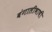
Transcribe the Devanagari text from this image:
बंगालीभाषी